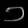
Digit: ၁